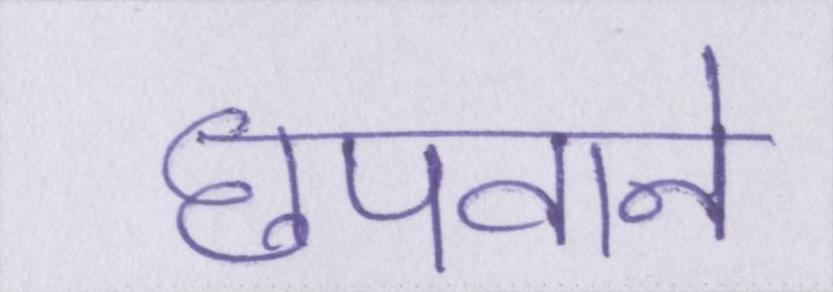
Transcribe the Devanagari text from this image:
छपवाने